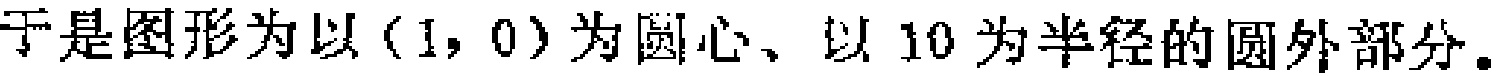
于是图形为以\((1,0)\)为圆心、以 \(10\)为半径的圆外部分。